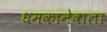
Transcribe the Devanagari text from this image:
धमकानेवाला